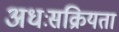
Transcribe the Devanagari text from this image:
अधःसक्रियता